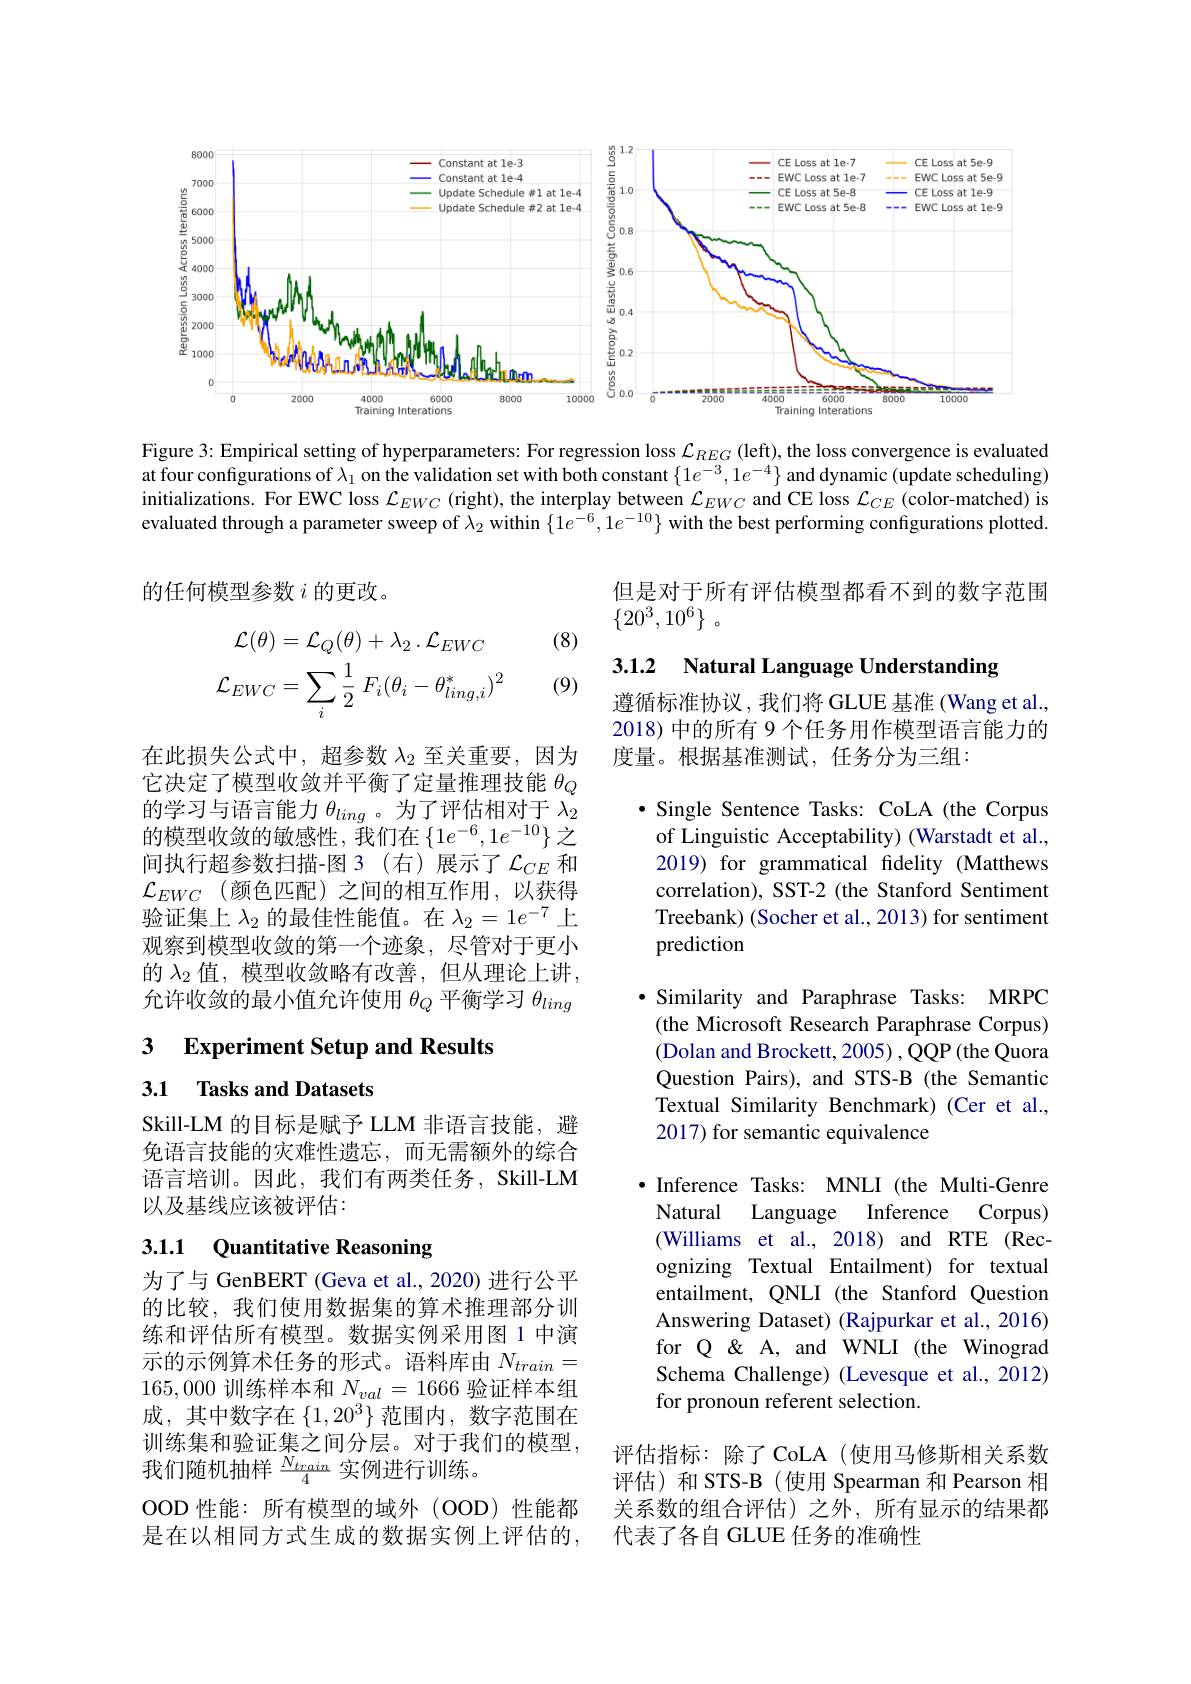
<FigureHere>

Figure 3: Empirical setting of hyperparameters: For regression loss $\mathcal{L}_REG$ (left), the loss convergence is evaluated at four configurations of $\lambda_1$ on the validation set with both constant $\{1e^{-3},1e^{-4}\}$ and dynamic (update scheduling) initializations. For EWC loss $\mathcal{L}_EWC$ (right), the interplay between $\mathcal{L}_EWC$ and CE loss $\mathcal{L}_CE$ (color-matched) is evaluated through a parameter sweep of $\lambda_2$ within $\{1e^{-6},1e^{-10}\}$ with the best performing configurations plotted.

但是对于所有评估模型都看不到的数字范围
的任何模型参数$i$的更改。
$\{ 20^3, 10^6\}$ 。

(8)

3.1.2 Natural Language Understanding
$$\begin{aligned}\mathcal{L}(\theta)&=\mathcal{L}_{Q}(\theta)+\lambda_{2}\:.\mathcal{L}_{EWC}\\\mathcal{L}_{EWC}&=\sum_{i}\frac{1}{2}\:F_{i}(\theta_{i}-\theta_{ling,i}^{*})^{2}\end{aligned}$$
(9)

遵循标准协议，我们将 GLUE 基准 (Wang et al., 2018)中的所有 9 个任务用作模型语言能力的度量。根据基准测试，任务分为三组：

·Single Sentence Tasks: CoLA (the Corpus
of Linguistic Acceptability) (Warstadt et al., 2019) for grammatical fidelity (Matthews correlation), SST-2 (the Stanford Sentiment Treebank) (Socher et al., 2013) for sentiment prediction

在此损失公式中，超参数$\lambda_2$至关重要，因为它决定了模型收敛并平衡了定量推理技能$\theta_Q$ 的学习与语言能力$\theta_ling$ 。为了评估相对于$\lambda_2$ 的模型收敛的敏感性，我们在$\left\{1e^{-6},1e^{-10}\right\}$之间执行超参数扫描-图 3 (右)展示了$\mathcal{L}_{CE}$和$\mathcal{L} _{EWC}$ (颜色匹配)之间的相互作用，以获得验证集上$\lambda_2$的最佳性能值。在$\lambda_2=1e^-7$上观察到模型收敛的第一个迹象，尽管对于更小的$\lambda_2$值，模型收敛略有改善，但从理论上讲， 允许收敛的最小值允许使用$\theta_Q$平衡学习$\theta_ling$

## 3 $\textbf{Experiment Setup and Results}$

·Similarity and Paraphrase Tasks: MRPC (the Microsoft Research Paraphrase Corpus) (Dolan and Brockett, 2005) , QQP (the Quora Question Pairs), and STS-B (the Semantic Textual Similarity Benchmark)(Cer et al. 2017) for semantic equivalence

# 3.1 Tasks and Datasets

Skill-LM 的目标是赋予 LLM 非语言技能，避免语言技能的灾难性遗忘，而无需额外的综合语言培训。因此，我们有两类任务，Skill-LM 以及基线应该被评估：

## 3.1.1 Quantitative Reasoning

$\bullet$ Inference Tasks: MNLI (the Multi-Genre
Natural Language
Inference Corpus)
(Williams et al., 2018) and RTE (Recognizing Textual Entailment) for textual entailment, QNLI (the Stanford Question Answering Dataset) (Rajpurkar et al., 2016) for Q & & A, and WNLI (the Winograd Schema Challenge) (Levesque et al., 2012) for pronoun referent selection.

为了与 GenBERT (Geva et al., 2020) 进行公平的比较，我们使用数据集的算术推理部分训练和评估所有模型。数据实例采用图 1 中演示的示例算术任务的形式。语料库由$N_{train}=$ 165,000训练样本和$N_val=1666$验证样本组成，其中数字在$\left\{1,20^3\right\}$范围内，数字范围在训练集和验证集之间分层。对于我们的模型， 我们随机抽样$\frac{N_{train}}{4}$实例进行训练。
OOD 性能：所有模型的域外(OOD)性能都是在以相同方式生成的数据实例上评估的，

评估指标：除了CoLA(使用马修斯相关系数评估)和 STS-B (使用 Spearman 和 Pearson 相关系数的组合评估)之外，所有显示的结果都代表了各自 GLUE 任务的准确性